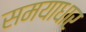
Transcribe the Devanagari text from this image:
समयाधार